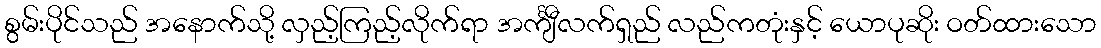
စွမ်းပိုင်သည် အနောက်သို့ လှည့်ကြည့်လိုက်ရာ အင်္ကျီလက်ရှည် လည်ကတုံးနှင့် ယောပုဆိုး ဝတ်ထားသော